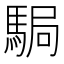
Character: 駶